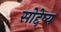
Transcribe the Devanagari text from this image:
सोद्देष्य